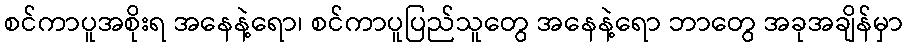
စင်ကာပူအစိုးရ အနေနဲ့ရော၊ စင်ကာပူပြည်သူတွေ အနေနဲ့ရော ဘာတွေ အခုအချိန်မှာ